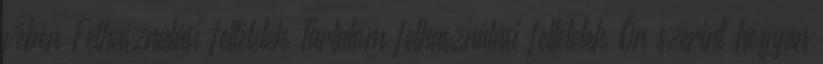
vébén Felhasználási feltételek Tartalom felhasználási feltételek Ön szerint hogyan